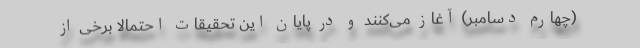
(چهارم دسامبر) آغاز می‌کنند و در پایان این تحقیقات احتمالا برخی از